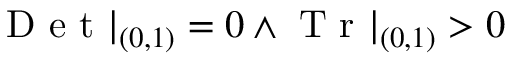
\mathrm { ~ D ~ e ~ t ~ } | _ { ( 0 , 1 ) } = 0 \land \mathrm { ~ T ~ r ~ } | _ { ( 0 , 1 ) } > 0